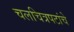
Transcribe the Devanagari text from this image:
चलचित्रपटांचे